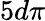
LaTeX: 5d\pi